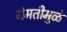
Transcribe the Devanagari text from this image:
गंमतीमुळे